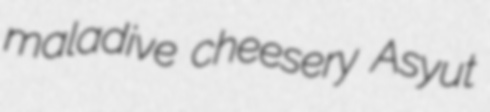
maladive cheesery Asyut